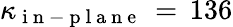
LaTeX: \kappa_{\mathrm{~i~n~-~p~l~a~n~e~}}\, =\, 136